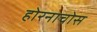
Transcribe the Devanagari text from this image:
होरनाचोस